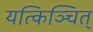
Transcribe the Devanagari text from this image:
यत्किञ्चित्